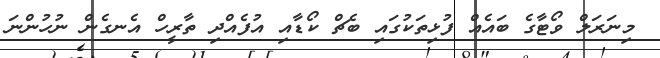
މިނަރަލް ވޯޓާގެ ބައެއް ފުޅިތަކުގައި ބެޗް ކޯޑާއި އުފެއްދި ތާރީހް އެނގެން ނުހުންނަ